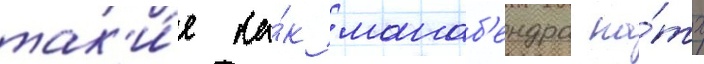
так'и́е ка́к манаб'ендра на́тх